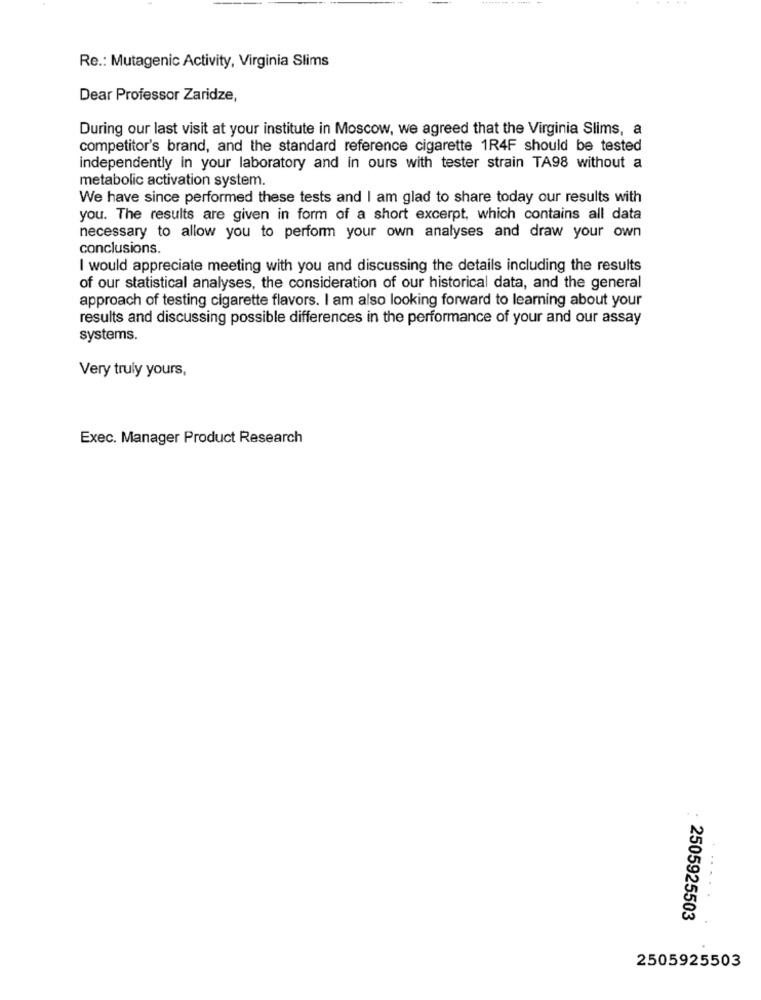
Re .: Mutagenic Activity, Virginia Slims
Dear Professor Zaridze,
During our last visit at your institute in Moscow, we agreed that the Virginia Slims, a
competitor's brand, and the standard reference cigarette 1R4F should be tested
independently in your laboratory and in ours with tester strain TA98 without a
metabolic activation system.
We have since performed these tests and I am glad to share today our results with
you. The results are given in form of a short excerpt, which contains all data
necessary to allow you to perform your own analyses and draw your own
conclusions.
I would appreciate meeting with you and discussing the details including the results
of our statistical analyses, the consideration of our historical data, and the general
approach of testing cigarette flavors. I am also looking forward to learning about your
results and discussing possible differences in the performance of your and our assay
systems.
Very truly yours,
Exec. Manager Product Research
2505925503
2505925503